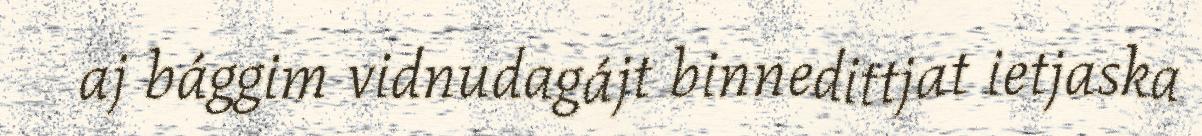
aj bággim vidnudagájt binnedittjat ietjaska